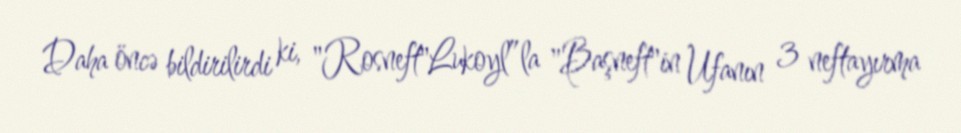
Daha öncə bildirilirdi ki, "Rosneft"Lukoyl”la "Başneft"in Ufanın 3 neftayırma